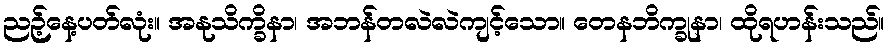
ညဉ့်နေ့ပတ်လုံး။ အနုသိက္ခိနာ၊ အဘန်တလဲလဲကျင့်သော။ တေနဘိက္ခုနာ၊ ထိုရဟန်းသည်။